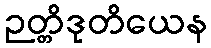
ဉတ္တိဒုတိယေန